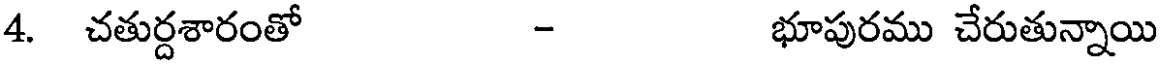
4. చతుర్దశారంతో - భూపురము చేరుతున్నాయి